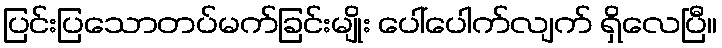
ပြင်းပြသောတပ်မက်ခြင်းမျိုး ပေါ်ပေါက်လျက် ရှိလေပြီ။